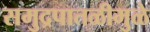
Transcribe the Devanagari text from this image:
समुद्रपातळीमुळे